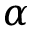
\alpha